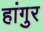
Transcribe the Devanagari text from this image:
हांगुर